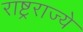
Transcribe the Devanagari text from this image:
राष्ट्रराज्ये